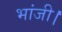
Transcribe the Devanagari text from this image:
भांजी।